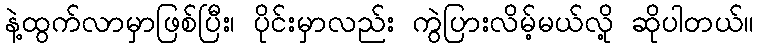
နဲ့ထွက်လာမှာဖြစ်ပြီး၊ ပိုင်းမှာလည်း ကွဲပြားလိမ့်မယ်လို့ ဆိုပါတယ်။